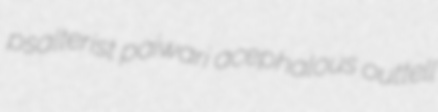
psalterist paiwari acephalous outtell